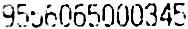
9556065000345